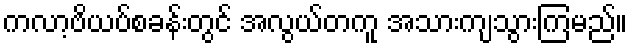
ကလာ့ဗိယပ်စခန်းတွင် အလွယ်တကူ အသားကျသွားကြမည်။